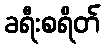
ခရီးစရိတ်